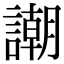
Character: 謿